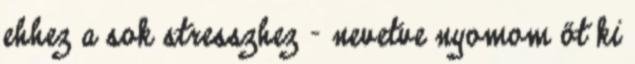
ehhez a sok stresszhez - nevetve nyomom őt ki